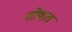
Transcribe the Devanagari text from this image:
तोषल